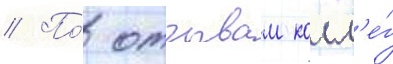
// По́ отзывам колл'е́г